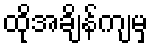
ထိုအချိန်ကျမှ